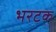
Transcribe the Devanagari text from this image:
भरटक